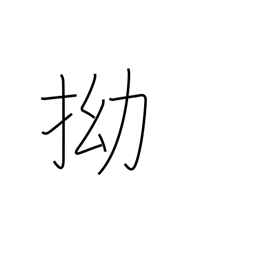
Meaning: crooked